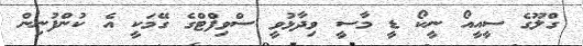
ގްލޫގެ ސީއީއޯ ނީކޯ ޑީ މާސީ ވިދާޅުވީ ސްވިފްޓްގެ ގޭމަކީ އެ ކުންފުނިން